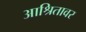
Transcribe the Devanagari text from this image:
आश्रितावर